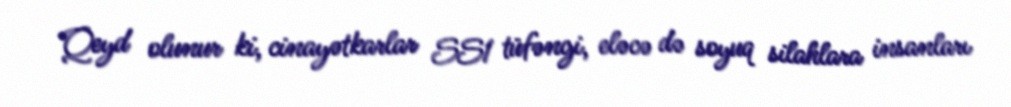
Qeyd olunur ki, cinayətkarlar SS1 tüfəngi, eləcə də soyuq silahlara insanları